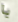
يا